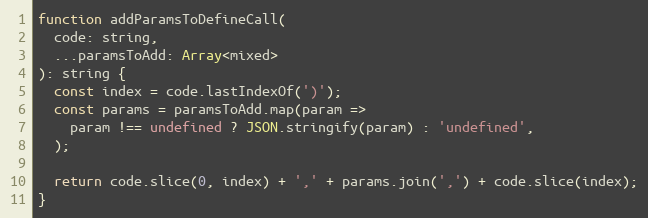
Language: JavaScript
function addParamsToDefineCall(
  code: string,
  ...paramsToAdd: Array<mixed>
): string {
  const index = code.lastIndexOf(')');
  const params = paramsToAdd.map(param =>
    param !== undefined ? JSON.stringify(param) : 'undefined',
  );

  return code.slice(0, index) + ',' + params.join(',') + code.slice(index);
}